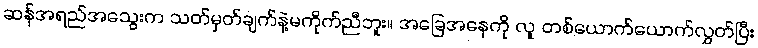
ဆန်အရည်အသွေးက သတ်မှတ်ချက်နဲ့မကိုက်ညီဘူး။ အခြေအနေကို လူ တစ်ယောက်ယောက်လွှတ်ပြီး